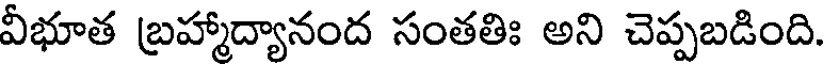
వీభూత బ్రహ్మాద్యానంద సంతతిః అని చెప్పబడింది.